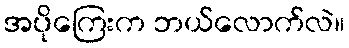
အပိုကြေးက ဘယ်လောက်လဲ။